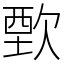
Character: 歅